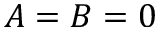
A = B = 0